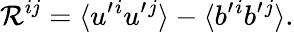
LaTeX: {\cal{R}}^{ij}=\langle{u^{\prime}{}^{i}u^{\prime}{}^{j}}\rangle-\langle{b^{\prime}{}^{i}b^{\prime}{}^{j}}\rangle.